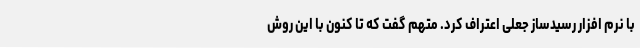
با نرم افزار رسیدساز جعلی اعتراف کرد. متهم گفت که تا کنون با این روش